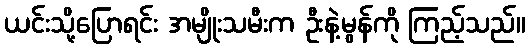
ယင်းသို့ပြောရင်း အမျိုးသမီးက ဦးနဲ့မွန်ကို ကြည့်သည်။